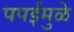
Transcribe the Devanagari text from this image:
पपईमुळे